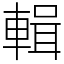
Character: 輯